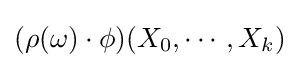
(\rho (\omega )\cdot \phi )(X_{0},\cdots ,X_{k})